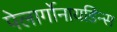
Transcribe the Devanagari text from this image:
पेलार्गोनायडिन्स